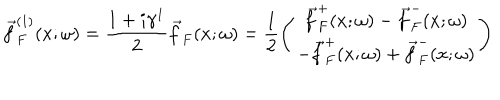
LaTeX: \vec { f } _ { F } ^ { ( 1 ) } ( x ; \omega ) = \frac { 1 + i \gamma ^ { 1 } } { 2 } \vec { f } _ { F } ( x ; \omega ) = \frac { 1 } { 2 } \left( \begin{array} { c } { { \vec { f } _ { F } ^ { + } ( x ; \omega ) - \vec { f } _ { F } ^ { - } ( x ; \omega ) } } \\ { { - \vec { f } _ { F } ^ { + } ( x ; \omega ) + \vec { f } _ { F } ^ { - } ( x ; \omega ) } } \\ \end{array} \right)